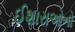
ઈશારાઓનો